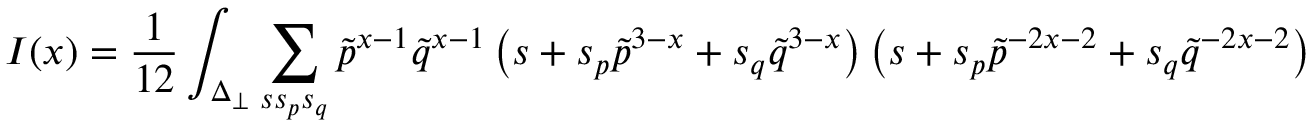
I ( x ) = \frac { 1 } { 1 2 } \int _ { \Delta _ { \perp } } \sum _ { s s _ { p } s _ { q } } { \tilde { p } } ^ { x - 1 } { \tilde { q } } ^ { x - 1 } \left( s + s _ { p } { \tilde { p } } ^ { 3 - x } + s _ { q } { \tilde { q } } ^ { 3 - x } \right) \left( s + s _ { p } { \tilde { p } } ^ { - 2 x - 2 } + s _ { q } { \tilde { q } } ^ { - 2 x - 2 } \right)